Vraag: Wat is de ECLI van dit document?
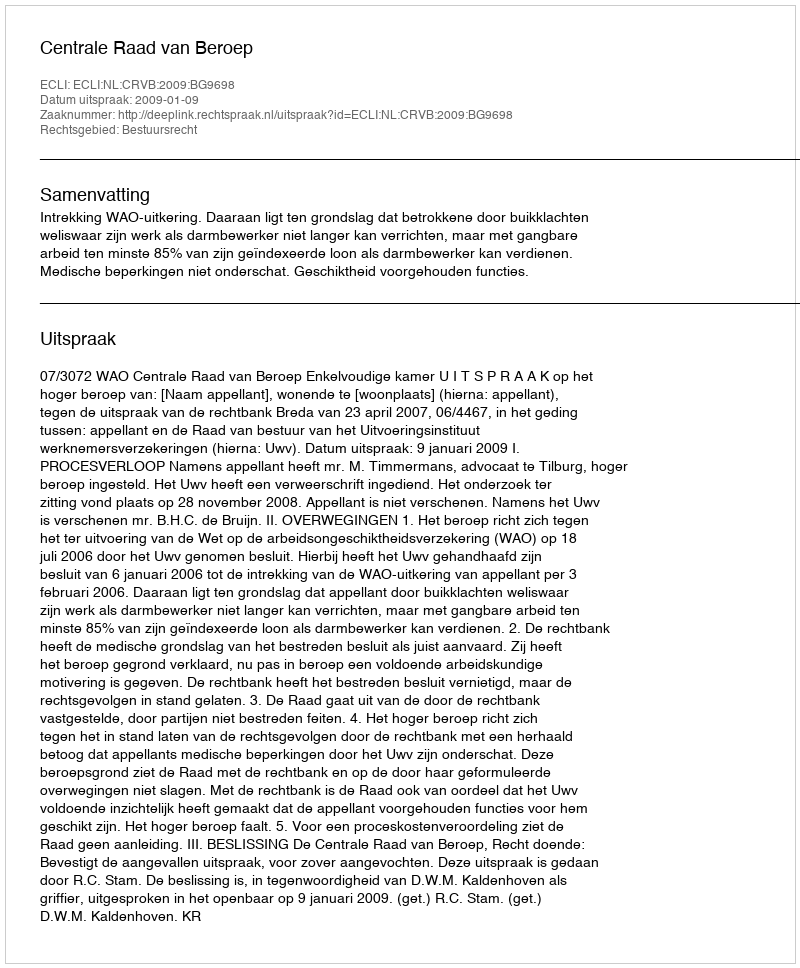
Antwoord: ECLI:NL:CRVB:2009:BG9698